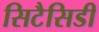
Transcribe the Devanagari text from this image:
सिटैसिडी